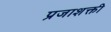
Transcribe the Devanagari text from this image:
प्रजाशक्ती